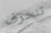
تنحرف